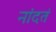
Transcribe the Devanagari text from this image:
नांदतं